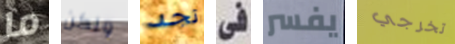
ما ولكن تجد فى يفسر تخرجي